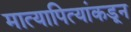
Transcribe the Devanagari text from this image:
मात्यापित्यांकडून